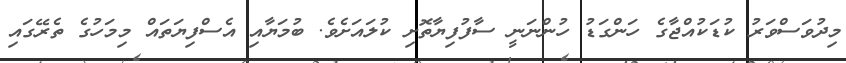
މިދުވަސްވަރު ކުޑަކުއްޖާގެ ހަންގަޑު ހުންނަނީ ސާފުފިޔާތޮށި ކުލައަށެވެ. ބުމަޔާއި އެސްފިޔަތައް މިމަހުގެ ތެރޭގައި